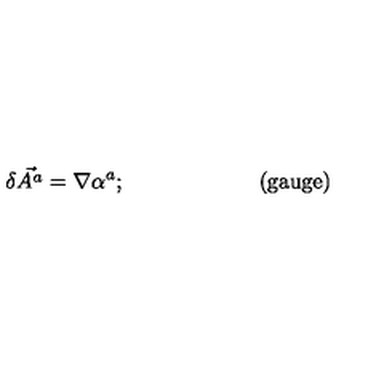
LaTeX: \delta \vec { A ^ { a } } = \nabla \alpha ^ { a } ; \qquad \qquad \qquad \mathrm { ( g a u g e ) }